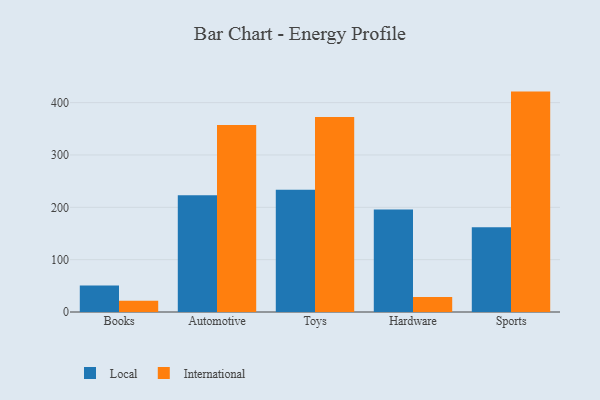
{"axis": {"x": "Category", "y": "Shipments"}, "legend": ["International", "Local"], "data": [{"x": "Books", "y": 50.6, "type": "Local"}, {"x": "Books", "y": 21.3, "type": "International"}, {"x": "Automotive", "y": 222.9, "type": "Local"}, {"x": "Automotive", "y": 357.5, "type": "International"}, {"x": "Toys", "y": 233.4, "type": "Local"}, {"x": "Toys", "y": 372.6, "type": "International"}, {"x": "Hardware", "y": 195.7, "type": "Local"}, {"x": "Hardware", "y": 28.6, "type": "International"}, {"x": "Sports", "y": 161.7, "type": "Local"}, {"x": "Sports", "y": 421.1, "type": "International"}]}